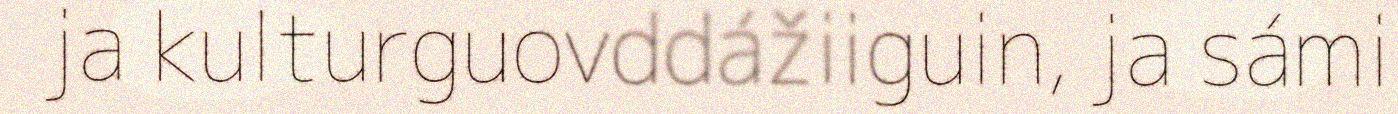
ja kulturguovddážiiguin, ja sámi